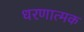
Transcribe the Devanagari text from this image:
धरणात्मक